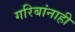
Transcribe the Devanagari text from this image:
गरिबांनाही